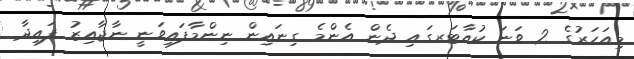
މިއަހަރުގެ 2 ވަނަ ކުއާޓަރގައި ދެން އެންމެ ގިނައިން ނިންމާފައިވަނީ ނާޖާއިޒު ފައިދާ